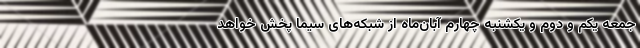
جمعه یکم و دوم و یکشنبه چهارم آبان‌ماه از شبکه‌های سیما پخش خواهد